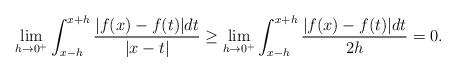
LaTeX: \begin{align*}\lim_{h\to 0^+}\int_{x-h}^{x+h}\frac{\vert f(x)-f(t) \vert dt}{\vert x-t \vert}\geq \lim_{h\to 0^+}\int_{x-h}^{x+h}\frac{\vert f(x)-f(t) \vert dt}{2h}=0.\end{align*}